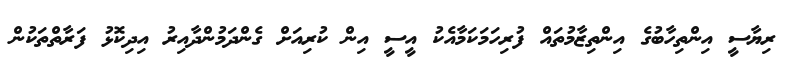
ރިޔާސީ އިންތިހާބުގެ އިންތިޒާމުތައް ފުރިހަމަކަމާއެކު އީސީ އިން ކުރިއަށް ގެންދަމުންދާއިރު އިދިކޮޅު ފަރާތްތަކުން